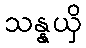
သန္နယှိ